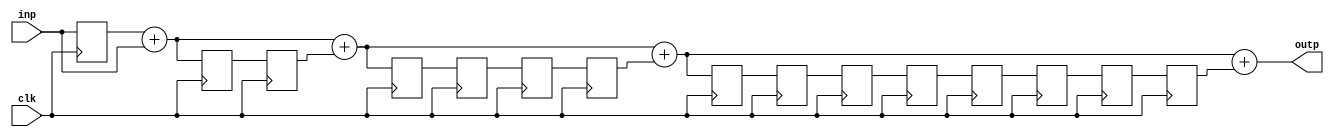
module past_sequence_adder
    #(parameter
        N = 4,
        DW = 8
    )
    (
        input wire clk,
        input wire [DW - 1 : 0] inp,
        output wire [DW - 1 : 0] outp
    );

    reg [DW-1:0] regs [1:(2**(2*N))]; // 2d array not supported by icarus
    wire [DW-1:0] sums [0:N];
    genvar i;

    assign sums[1] = regs[1] + inp;
    generate 
    for (i = 2; i <= N; i = i + 1) begin: sum_loop
        assign sums[i] = sums[i-1] + regs[2**(N+i-2) + 2**(i-1)];
    end
    endgenerate  

    assign outp = sums[N];

    // localparam n = $bit(N); // this doesn't work, why?

    reg[10:0] j,k;  // should be $bit(N) , but 10 will work but it should depends on N. 
                    // ISSUE: when reg[3:0] and N = 3, this will not work.
                    // Why?

    always @ (posedge clk) begin
	
        regs[1] <= inp;
        for (j = 2; j <= N; j = j + 1) begin
         // $display("A: j=",j," k=",k);
          for (k = 1; k <= 2**(j-1); k = k + 1) begin
         //   $display("B: j=",j," k=",k);
            if(k == 1) begin
        //          $display("B1");
                  regs[2**(N+j-2)+k] <= sums[j-1];
            end 
            else begin
           //       $display("B2");
                  regs[2**(N+j-2)+k] <= regs[2**(N+j-2)+k-1];
            end 
          end           
        end 
    end


endmodule